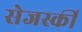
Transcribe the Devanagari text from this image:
सेजर्स्की